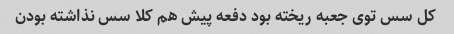
کل سس توی جعبه ریخته بود دفعه پیش هم کلا سس نذاشته بودن